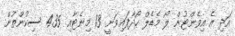
އަދި އެ އިވެންޓުން ލޯ މެޑެލް ހޯދާފައިވަނީ 13 މިނެޓާއި 4.35 ސިކުންތުން